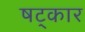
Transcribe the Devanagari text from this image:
षट्‌कार